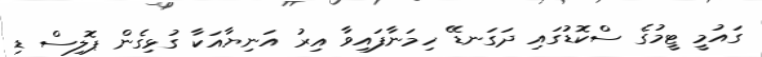
ގައުމީ ޓީމުގެ ސްކޮޑުގައި ދަގަނޑޭ ހިމަނާފައިވާ އިރު އަނިޔާއަކާ ގުޅިގެން ޕޮލިސް ޑި